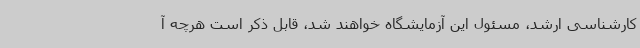
کارشناسی ارشد، مسئول این آزمایشگاه خواهند شد، قابل ذکر است هرچه آ